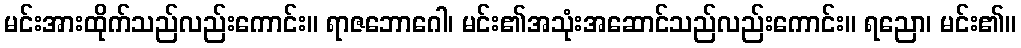
မင်းအားထိုက်သည်လည်းကောင်း။ ရာဇဘောဂေါ၊ မင်း၏အသုံးအဆောင်သည်လည်းကောင်း။ ရညော၊ မင်း၏။